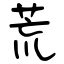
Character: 荒